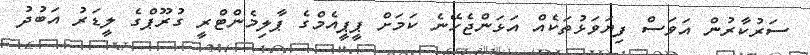
ސަރުކާރުން އަވަސް ފިޔަވަޅުތަކެއް އަޅަންޖެހޭނެ ކަމަށް ޕީޕީއެމްގެ ޕާލިމެންޓްރީ ގުރޫޕްގެ ލީޑަރު އަބުދު